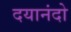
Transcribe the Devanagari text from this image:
दयानंदो